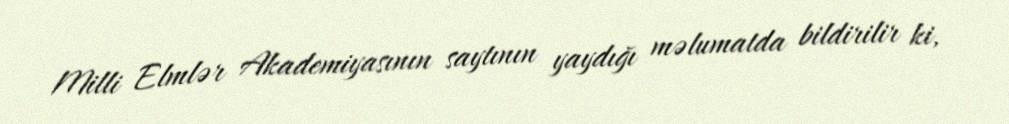
Milli Elmlər Akademiyasının saytının yaydığı məlumatda bildirilir ki,